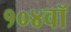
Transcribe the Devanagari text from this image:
१०४वॉ